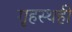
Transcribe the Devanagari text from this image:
गृहस्थही